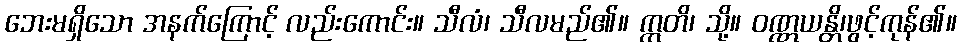
ဘေးမရှိသော အနက်ကြောင့် လည်းကောင်း။ သီလံ၊ သီလမည်၏။ ဣတိ၊ သို့။ ဝဏ္ဏယန္တိ၊ဖွင့်ကုန်၏။